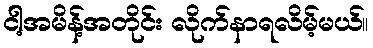
ငါ့အမိန့်အတိုင်း လိုက်နာရလိမ့်မယ်။